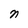
Character: n